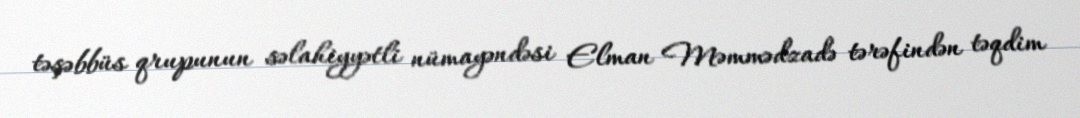
təşəbbüs qrupunun səlahiyyətli nümayəndəsi Elman Məmmədzadə tərəfindən təqdim